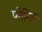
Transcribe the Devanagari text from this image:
प्लेगिक